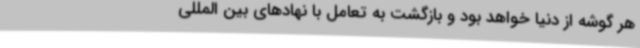
هر گوشه از دنیا خواهد بود و بازگشت به تعامل با نهادهای بین المللی